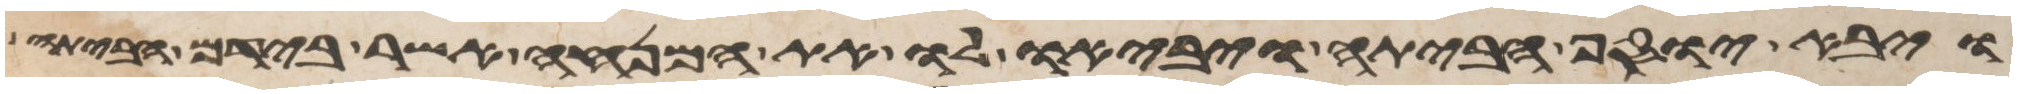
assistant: ויבא יוסף הביתה ויביאו לו את המנחה אשר בידם הביתה